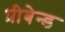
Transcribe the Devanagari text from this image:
प्रीबेन्ड